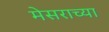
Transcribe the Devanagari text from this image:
मेसराच्या